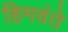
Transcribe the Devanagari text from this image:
हिमवंते